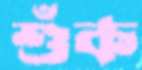
শুঁক